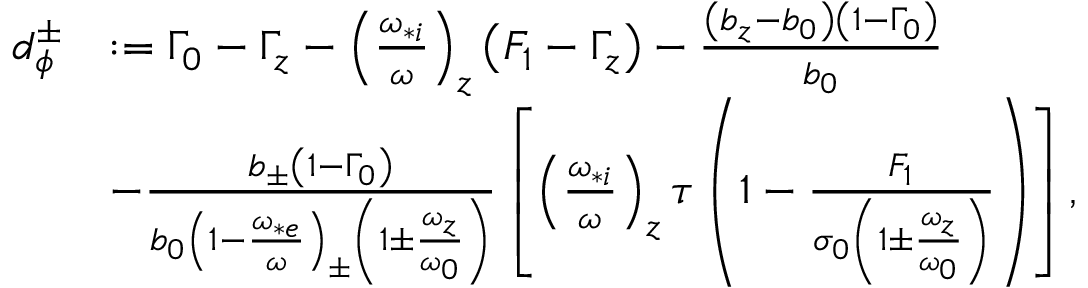
\begin{array} { r l } { d _ { \phi } ^ { \pm } } & { : = \Gamma _ { 0 } - \Gamma _ { z } - \left( \frac { \omega _ { * i } } { \omega } \right) _ { z } \left( F _ { 1 } - \Gamma _ { z } \right) - \frac { \left( b _ { z } - b _ { 0 } \right) \left( 1 - \Gamma _ { 0 } \right) } { b _ { 0 } } } \\ & { - \frac { b _ { \pm } \left( 1 - \Gamma _ { 0 } \right) } { b _ { 0 } \left( 1 - \frac { \omega _ { * e } } { \omega } \right) _ { \pm } \left( 1 \pm \frac { \omega _ { z } } { \omega _ { 0 } } \right) } \left[ \left( \frac { \omega _ { * i } } { \omega } \right) _ { z } \tau \left( 1 - \frac { F _ { 1 } } { \sigma _ { 0 } \left( 1 \pm \frac { \omega _ { z } } { \omega _ { 0 } } \right) } \right) \right] , } \end{array}